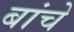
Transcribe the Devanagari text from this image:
बांचे